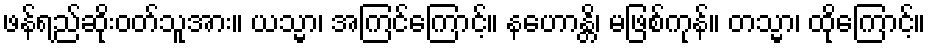
ဖန်ရည်ဆိုးဝတ်သူအား။ ယသ္မာ၊ အကြင်ကြောင့်။ နဟောန္တိ၊ မဖြစ်ကုန်။ တသ္မာ၊ ထိုကြောင့်။